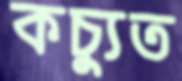
কচ্যুত